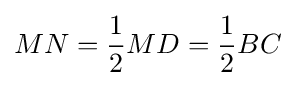
MN={1 \over 2}MD={1 \over 2}BC